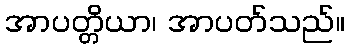
အာပတ္တိယာ၊ အာပတ်သည်။